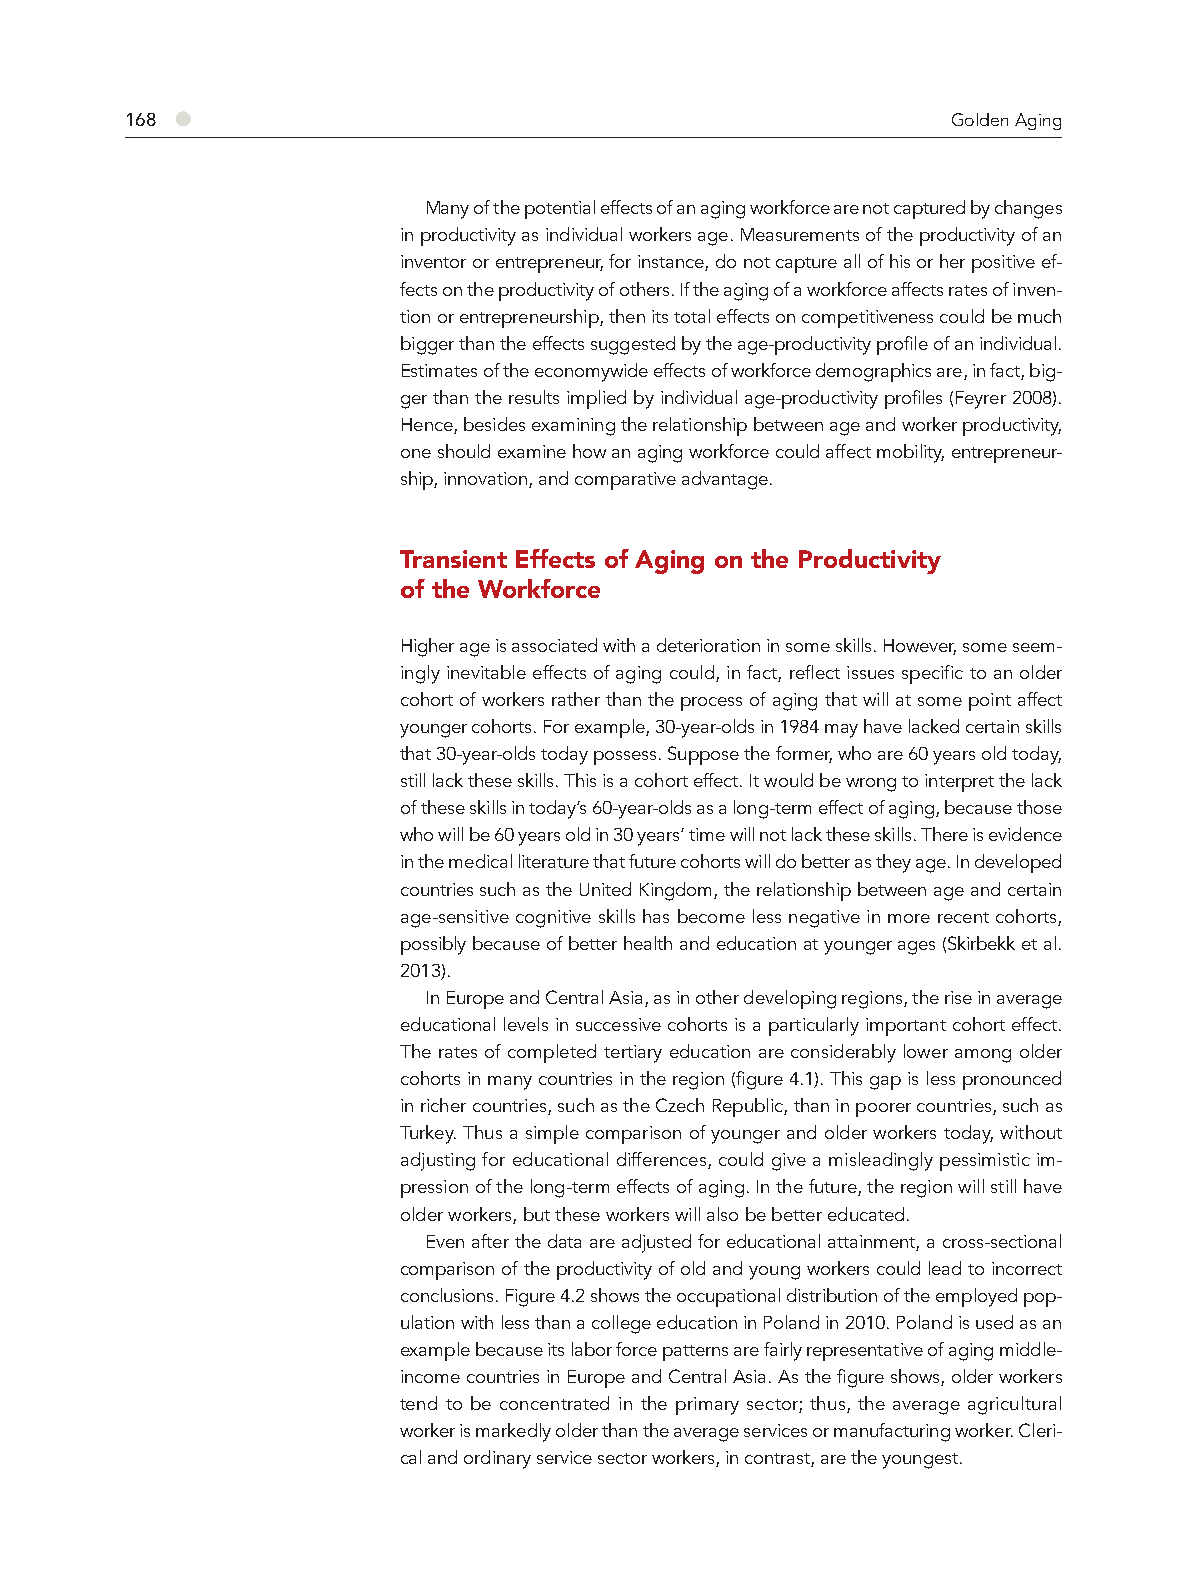
168 ●                                                  Golden Aging
 Many of the potential effects of an aging workforce are not captured by changes
 in productivity as individual workers age. Measurements of the productivity of an
 inventor or entrepreneur, for instance, do not capture all of his or her positive ef-
 fects on the productivity of others. If the aging of a workforce affects rates of inven-
 tion or entrepreneurship, then its total effects on competitiveness could be much
 bigger than the effects suggested by the age-productivity profile of an individual.
 Estimates of the economywide effects of workforce demographics are, in fact, big-
 ger than the results implied by individual age-productivity profiles (Feyrer 2008).
 Hence, besides examining the relationship between age and worker productivity,
 one should examine how an aging workforce could affect mobility, entrepreneur-
 ship, innovation, and comparative advantage.
 Transient Effects of Aging on the Productivity
 of the Workforce
 Higher age is associated with a deterioration in some skills. However, some seem-
 ingly inevitable effects of aging could, in fact, reflect issues specific to an older
 cohort of workers rather than the process of aging that will at some point affect
 younger cohorts. For example, 30-year-olds in 1984 may have lacked certain skills
 that 30-year-olds today possess. Suppose the former, who are 60 years old today,
 still lack these skills. This is a cohort effect. It would be wrong to interpret the lack
 of these skills in today’s 60-year-olds as a long-term effect of aging, because those
 who will be 60 years old in 30 years’ time will not lack these skills. There is evidence
 in the medical literature that future cohorts will do better as they age. In developed
 countries such as the United Kingdom, the relationship between age and certain
 age-sensitive cognitive skills has become less negative in more recent cohorts,
 possibly because of better health and education at younger ages (Skirbekk et al.
 2013).
 In Europe and Central Asia, as in other developing regions, the rise in average
 educational levels in successive cohorts is a particularly important cohort effect.
 The rates of completed tertiary education are considerably lower among older
 cohorts in many countries in the region (figure 4.1). This gap is less pronounced
 in richer countries, such as the Czech Republic, than in poorer countries, such as
 Turkey. Thus a simple comparison of younger and older workers today, without
 adjusting for educational differences, could give a misleadingly pessimistic im-
 pression of the long-term effects of aging. In the future, the region will still have
 older workers, but these workers will also be better educated.
 Even after the data are adjusted for educational attainment, a cross-sectional
 comparison of the productivity of old and young workers could lead to incorrect
 conclusions. Figure 4.2 shows the occupational distribution of the employed pop-
 ulation with less than a college education in Poland in 2010. Poland is used as an
 example because its labor force patterns are fairly representative of aging middle-
 income countries in Europe and Central Asia. As the figure shows, older workers
 tend to be concentrated in the primary sector; thus, the average agricultural
 worker is markedly older than the average services or manufacturing worker. Cleri-
 cal and ordinary service sector workers, in contrast, are the youngest.